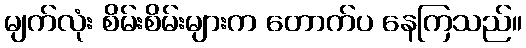
မျက်လုံး စိမ်းစိမ်းများက တောက်ပ နေကြသည်။